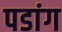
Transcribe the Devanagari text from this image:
पडांग